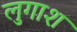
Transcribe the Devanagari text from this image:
लुगाश